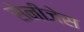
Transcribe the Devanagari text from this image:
सेनीजेस